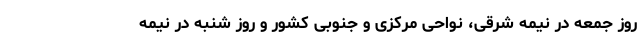
روز جمعه در نیمه شرقی، نواحی مرکزی و جنوبی کشور و روز شنبه در نیمه